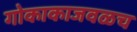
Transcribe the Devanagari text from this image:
गोकाकाजवळच